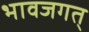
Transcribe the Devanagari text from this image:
भावजगत्